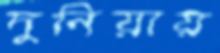
দুনিয়ায়